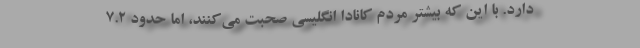
دارد. با این که بیشتر مردم کانادا انگلیسی صحبت می‌کنند، اما حدود 7.2